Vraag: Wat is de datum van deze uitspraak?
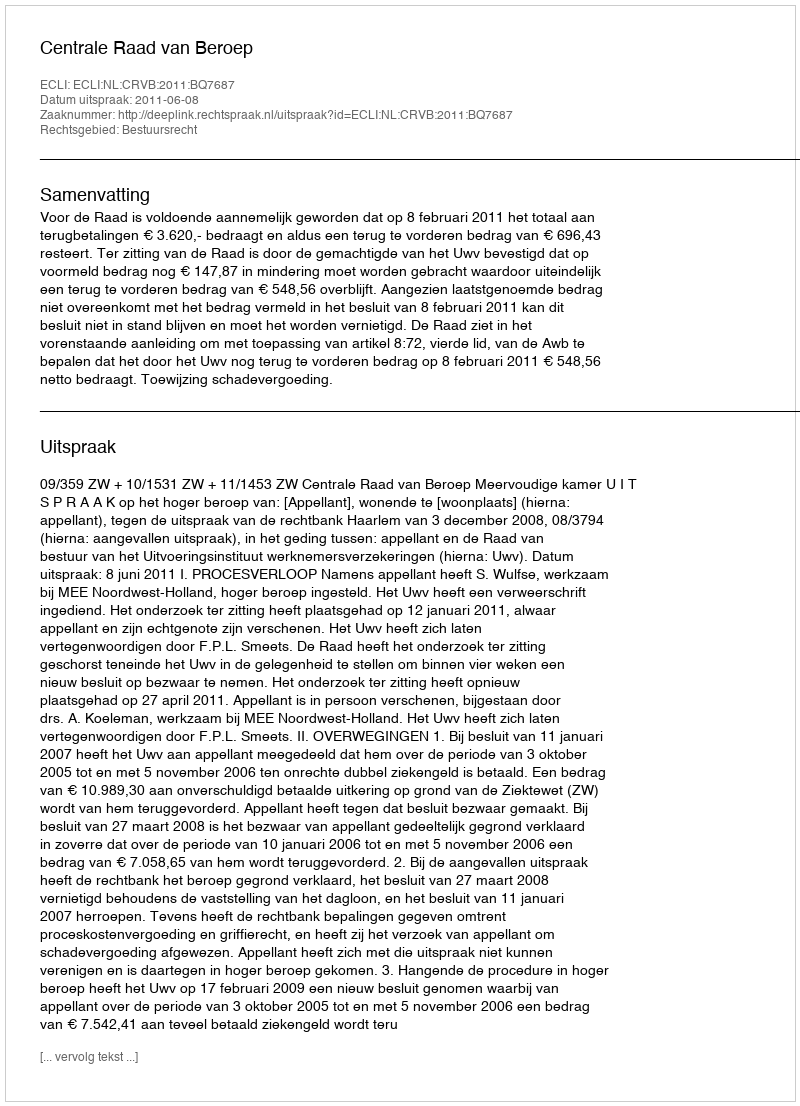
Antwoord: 2011-06-08